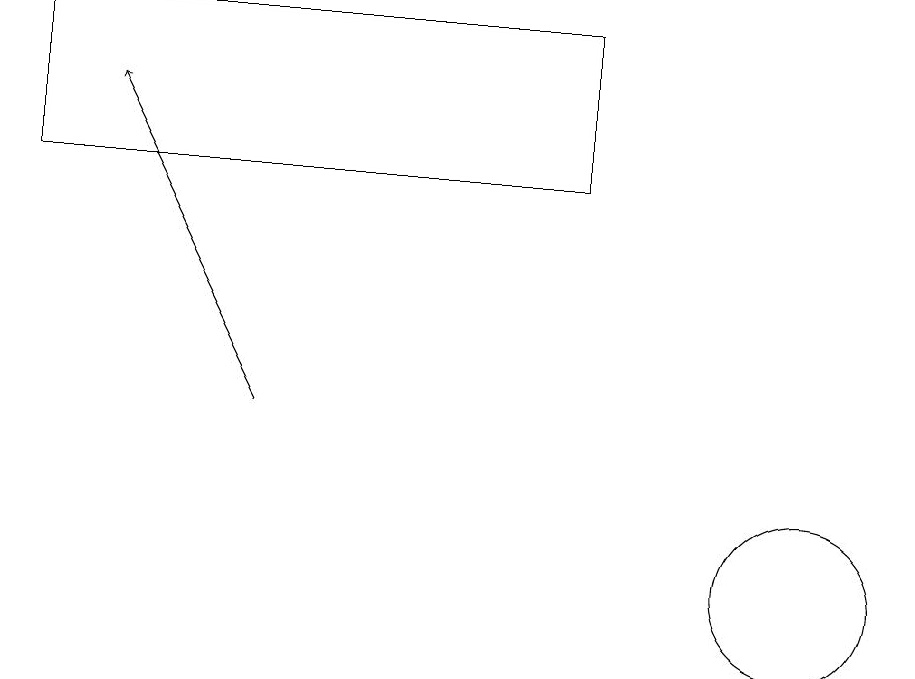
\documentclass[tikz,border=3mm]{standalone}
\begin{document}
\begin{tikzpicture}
\draw (8,18) rectangle (1,16);
\draw[->] (4,13) -- (2,17);
\draw (11,11) circle (1);
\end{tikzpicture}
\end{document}